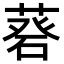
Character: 𦷦